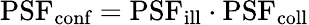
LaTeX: \textrm{PSF}_{\textrm{conf}}=\textrm{PSF}_{\textrm{ill}}\cdot\textrm{PSF}_{\textrm{coll}}